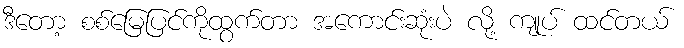
ဒီတော့ စစ်မြေပြင်ကိုထွက်တာ အကောင်းဆုံးပဲ လို့ ကျုပ် ထင်တယ်